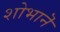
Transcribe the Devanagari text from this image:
शोभानॆ